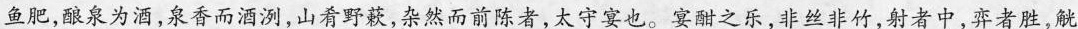
鱼肥，酿泉为酒，泉香而酒洌，山肴野蔌，杂然而前陈者，太守宴也。宴酣之乐，非丝非竹，射者中，弈者胜，觥